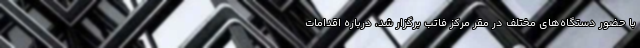
با حضور دستگاه‌های مختلف در مقر مرکز فاتب برگزار شد، درباره اقدامات